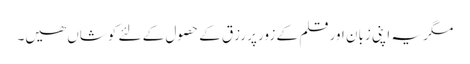
مگر یہ اپنی زبان اور قلم کے زور پر رزق کے حصول کے لئے کوشاں ھیں۔